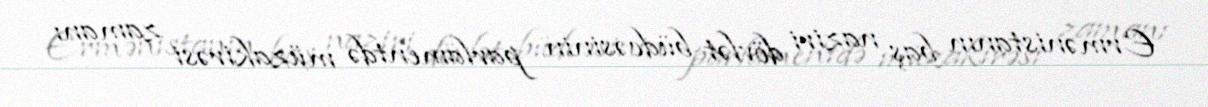
Ermənistanın baş naziri dövlət büdcəsinin parlamentdə müzakirəsi zamanı